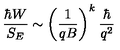
\frac { \hbar W } { S _ { E } } \sim \biggl ( \frac { 1 } { q B } \biggr ) ^ { k } \: \frac { \hbar } { q ^ { 2 } }